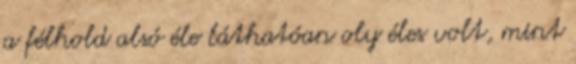
a félhold alsó éle láthatóan oly éles volt, mint